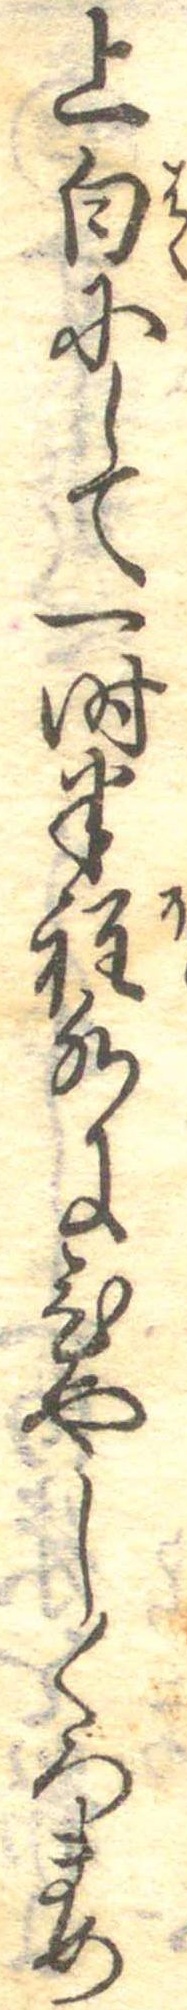
上白にして一時半程水にひやしくろまめ